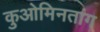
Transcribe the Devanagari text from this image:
कुओमिनतांग